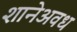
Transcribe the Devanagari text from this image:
शानेअवध